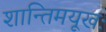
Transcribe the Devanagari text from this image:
शान्तिमयूखः